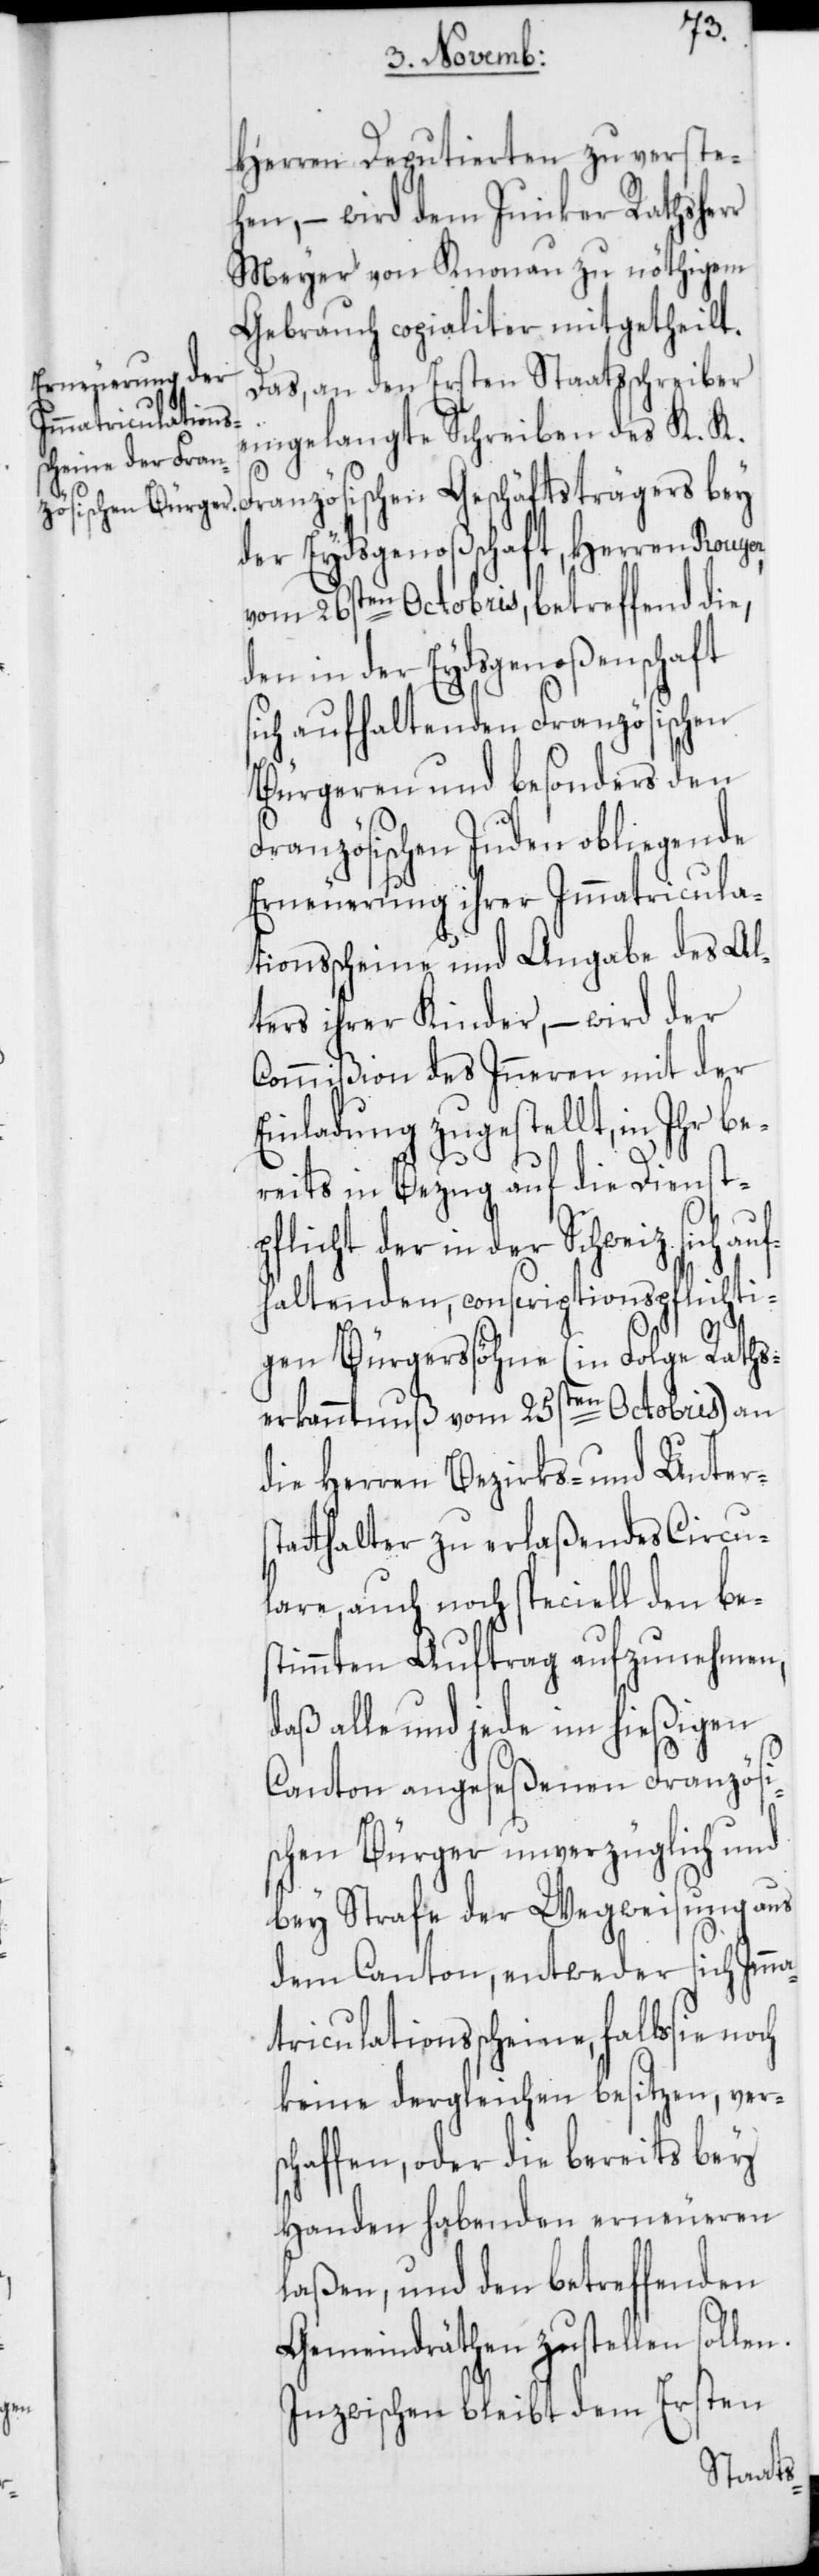
Herren Deputierten zu verste¬
hen, – wird dem Junker Rathsherr
Meyer von Knonau zu nöthigem
Gebrauch copialiter mitgetheilt.
Das, an den Ersten Staatsschreiber
eingelangte Schreiben des K. K.
au¬
Französischen Geschäftsträgers bey
der Eydsgenoßenschaft, Herren Rouy¬
vom 26sten Octobris, betreffend die,
den in der Eydsgenoßenschaft
ich aufhaltenden Französischen
Bürgeren und besonders den
Französischen Juden obliegende
Erneuerung ihrer Immatricula¬
tionsscheine und Angabe des Al¬
ters ihrer Kinder, – wird der
Commißion des Inneren mit der
Einladung zugestellt, in Ihr be¬
reits in Bezug auf die Dienst¬
pflicht der in der Schweiz
fhaltenden, conscriptionspflichti¬
gen Bürgerssöhne (in Folge Raths¬
erkanntnuß vom 25sten Octobris) an
die Herren Bezirks- und Unters¬
tatthalter zu erlaßendes Circu¬
lare, auch noch speciell den be¬
stimmten Auftrag aufzunehmen,
daß alle und jede im hießigen
Canton angeseßenen Französi¬
schen Bürger unverzüglich und
bey Strafe der Wegweisung aus
dem Canton, entweder sich Imma¬
triculationsscheine, falls sie
keine dergleichen besitzen, ver¬
schaffen, oder die bereits bey
Handen habenden erneueren
laßen, und den betreffenden
Gemeindräthen zustellen sollen.
Inzwischen bleibt dem Ersten